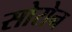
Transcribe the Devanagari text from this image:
सोरोन